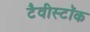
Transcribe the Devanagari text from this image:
टैवीस्टॉक